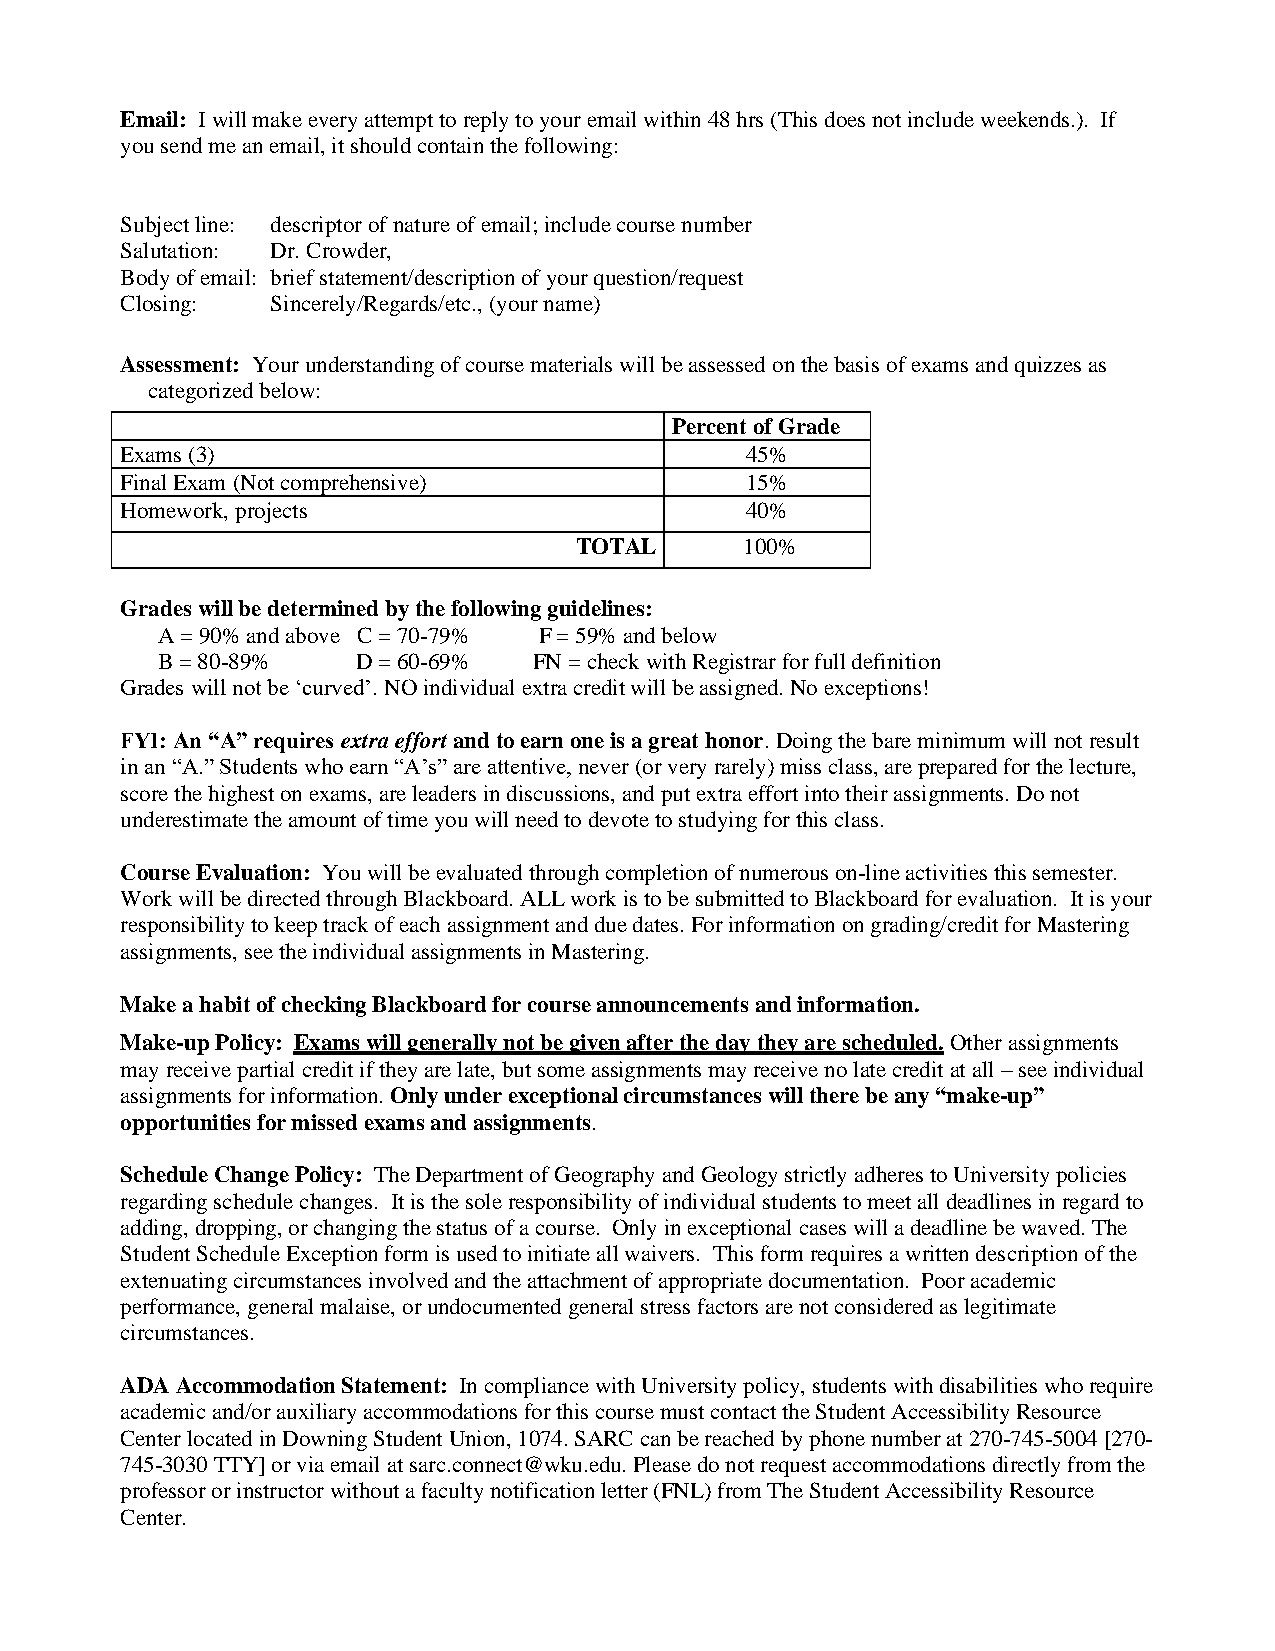
Email: I will make every attempt to reply to your email within 48 hrs (This does not include weekends.). If
 you send me an email, it should contain the following:
 Subject line: descriptor of nature of email; include course number
 Salutation: Dr. Crowder,
 Body of email: brief statement/description of your question/request
 Closing:  Sincerely/Regards/etc., (your name)
 Assessment: Your understanding of course materials will be assessed on the basis of exams and quizzes as
 categorized below:
 Percent of Grade
 Exams (3)                                45%
 Final Exam (Not comprehensive)           15%
 Homework, projects                       40%
 TOTAL      100%
 Grades will be determined by the following guidelines:
 A = 90% and above C = 70-79% F = 59% and below
 B = 80-89%    D = 60-69% FN = check with Registrar for full definition
 Grades will not be ‘curved’. NO individual extra credit will be assigned. No exceptions!
 FYI: An “A” requires extra effort and to earn one is a great honor. Doing the bare minimum will not result
 in an “A.” Students who earn “A’s” are attentive, never (or very rarely) miss class, are prepared for the lecture,
 score the highest on exams, are leaders in discussions, and put extra effort into their assignments. Do not
 underestimate the amount of time you will need to devote to studying for this class.
 Course Evaluation: You will be evaluated through completion of numerous on‐line activities this semester.
 Work will be directed through Blackboard. ALL work is to be submitted to Blackboard for evaluation. It is your
 responsibility to keep track of each assignment and due dates. For information on grading/credit for Mastering
 assignments, see the individual assignments in Mastering.
 Make a habit of checking Blackboard for course announcements and information.
 Make-up Policy: Exams will generally not be given after the day they are scheduled. Other assignments
 may receive partial credit if they are late, but some assignments may receive no late credit at all – see individual
 assignments for information. Only under exceptional circumstances will there be any “make-up”
 opportunities for missed exams and assignments.
 Schedule Change Policy: The Department of Geography and Geology strictly adheres to University policies
 regarding schedule changes. It is the sole responsibility of individual students to meet all deadlines in regard to
 adding, dropping, or changing the status of a course. Only in exceptional cases will a deadline be waved. The
 Student Schedule Exception form is used to initiate all waivers. This form requires a written description of the
 extenuating circumstances involved and the attachment of appropriate documentation. Poor academic
 performance, general malaise, or undocumented general stress factors are not considered as legitimate
 circumstances.
 ADA Accommodation Statement: In compliance with University policy, students with disabilities who require
 academic and/or auxiliary accommodations for this course must contact the Student Accessibility Resource
 Center located in Downing Student Union, 1074. SARC can be reached by phone number at 270-745-5004 [270-
 745-3030 TTY] or via email at sarc.connect@wku.edu. Please do not request accommodations directly from the
 professor or instructor without a faculty notification letter (FNL) from The Student Accessibility Resource
 Center.